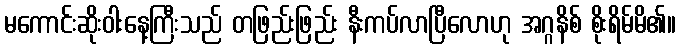
မကောင်းဆိုးဝါးနေ့ကြီးသည် တဖြည်းဖြည်း နီးကပ်လာပြီလောဟု အဂ္ဂနိစ် စိုးရိမ်မိ၏။